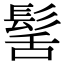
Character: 髺